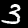
Label: 3